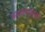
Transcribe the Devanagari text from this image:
महत्प्रयासाचे